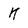
Character: K